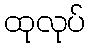
ထုလုပ်